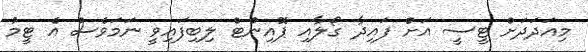
މިއަދަދަށް ޓީސީ އަށް ފައިދާ ގޯލާއި ޕޮއިންޓް ލިބިފައިވީ ނަމަވެސް އެ ޓީމު